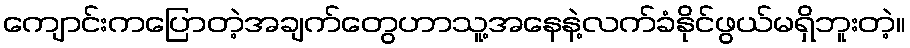
ကျောင်းကပြောတဲ့အချက်တွေဟာသူ့အနေနဲ့လက်ခံနိုင်ဖွယ်မရှိဘူးတဲ့။